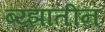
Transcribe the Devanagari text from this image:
ब्य्झातीन